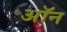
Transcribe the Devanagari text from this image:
अॉन